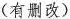
(有删改)